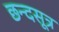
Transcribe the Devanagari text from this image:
छन्दसूत्र